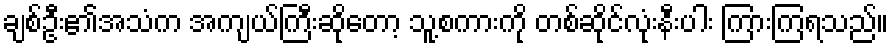
ချစ်ဦး၏အသံက အကျယ်ကြီးဆိုတော့ သူ့စကားကို တစ်ဆိုင်လုံးနီးပါး ကြားကြရသည်။